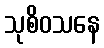
သုစိဝသနေ